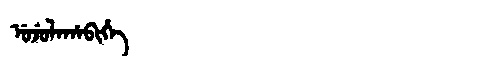
Manchu: ᡠᠵᡠᠯᠠᡥᠠᠪᡳᡥᡝ
Romanization: UJULAHABIHE